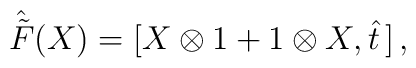
\hat{\tilde F}(X)=[X\otimes 1+1\otimes X,\hat t\,]\,,